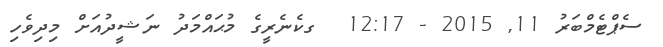
ސެޕްޓެމްބަރު 11